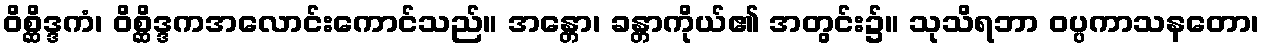
ဝိစ္ဆိဒ္ဒကံ၊ ဝိစ္ဆိဒ္ဒကအလောင်းကောင်သည်။ အန္တော၊ ခန္တာကိုယ်၏ အတွင်း၌။ သုသိရဘာ ဝပ္ပကာသနတော၊